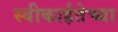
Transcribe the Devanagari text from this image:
स्वीकार्हतेच्या